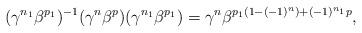
LaTeX: \begin{align*}(\gamma^{n_1} \beta^{p_1})^{-1} (\gamma^{n} \beta^{p}) (\gamma^{n_1} \beta^{p_1}) = \gamma^{n} \beta^{p_1(1-(-1)^{n})+(-1)^{n_1}p},\end{align*}